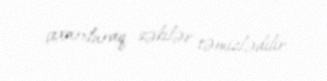
çıxarılaraq, səkilər təmizlədilir.